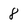
Character: 8